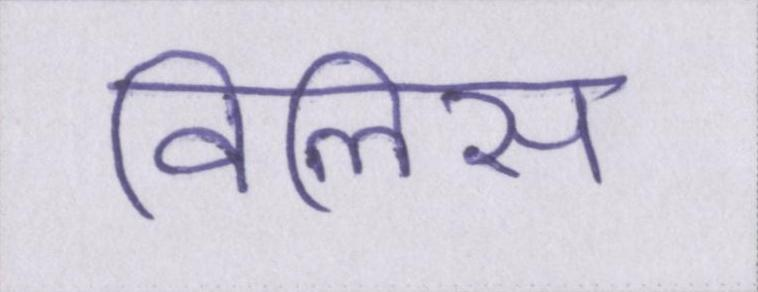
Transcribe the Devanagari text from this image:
विलिस